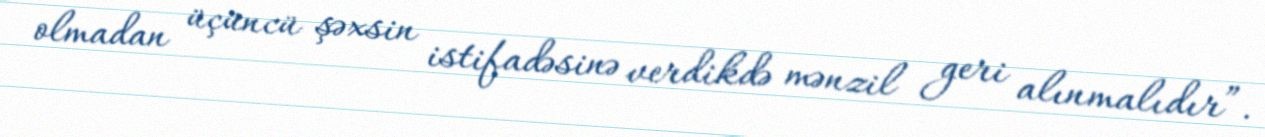
olmadan üçüncü şəxsin istifadəsinə verdikdə mənzil geri alınmalıdır”.